Scientific memoirs by medical officers of the Army of India - Part III,
Year: 1887
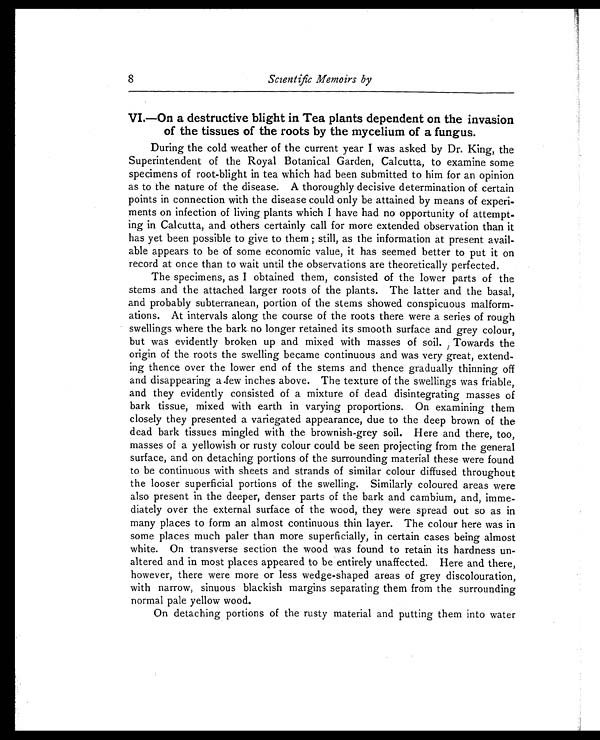
8
Scientific Memoirs by
VI.—On a destructive blight in Tea plants dependent on the invasion
of the tissues of the roots by the mycelium of a fungus.
During the cold weather of the current year I was asked by Dr. King, the
Superintendent of the Royal Botanical Garden, Calcutta, to examine some
specimens of root-blight in tea which had been submitted to him for an opinion
as to the nature of the disease. A thoroughly decisive determination of certain
points in connection with the disease could only be attained by means of experi-
ments on infection of living plants which I have had no opportunity of attempt-
ing in Calcutta,, and others certainly call for more extended observation than it
has yet been possible to give to them ; still, as the information at present avail-
able appears to be of some economic value, it has seemed better to put it on
record at once than to wait until the observations are theoretically perfected.
The specimens, as I obtained them, consisted of the lower parts of the
stems and the attached larger roots of the plants. The latter and the basal,
and probably subterranean, portion of the stems showed conspicuous malform-
ations. At intervals along the course of the roots there were a series of rough
swellings where the bark no longer retained its smooth surface and grey colour,
but was evidently broken up and mixed with masses of soil. Towards the
origin of the roots the swelling became continuous and was very great, extend-
ing thence over the lower end of the stems and thence gradually thinning off
and disappearing a .few inches above. The texture of the swellings was friable,
and they evidently consisted of a mixture of dead disintegrating masses of
bark tissue, mixed with earth in varying proportions. On examining them
closely they presented a variegated appearance, due to the deep brown of the
dead bark tissues mingled with the brownish-grey soil. Here and there, too,
masses of a yellowish or rusty colour could be seen projecting from the general
surface, and on detaching portions of the surrounding material these were found
to be continuous with sheets and strands of similar colour diffused throughout
the looser superficial portions of the swelling. Similarly coloured areas were
also present in the deeper, denser parts of the bark and cambium, and, imme-
diately over the external surface of the wood, they were spread out so as in
many places to form an almost continuous thin layer. The colour here was in
some places much paler than more superficially, in certain cases being almost
white. On transverse section the wood was found to retain its hardness un-
altered and in most places appeared to be entirely unaffected. Here and there,
however, there were more or less wedge-shaped areas of grey discolouration,
with narrow, sinuous blackish margins separating them from the surrounding
normal pale yellow wood.
On detaching portions of the rusty material and putting them into water